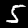
Digit: 5